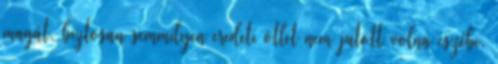
magát, biztosan semmilyen eredeti ötlet nem jutott volna eszébe.